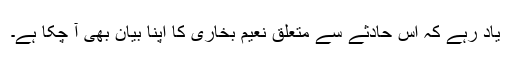
یاد رہے کہ اس حادثے سے متعلق نعیم بخاری کا اپنا بیان بھی آ چکا ہے۔